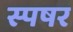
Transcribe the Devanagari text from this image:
स्पषर